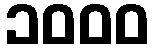
၁၀၀၀